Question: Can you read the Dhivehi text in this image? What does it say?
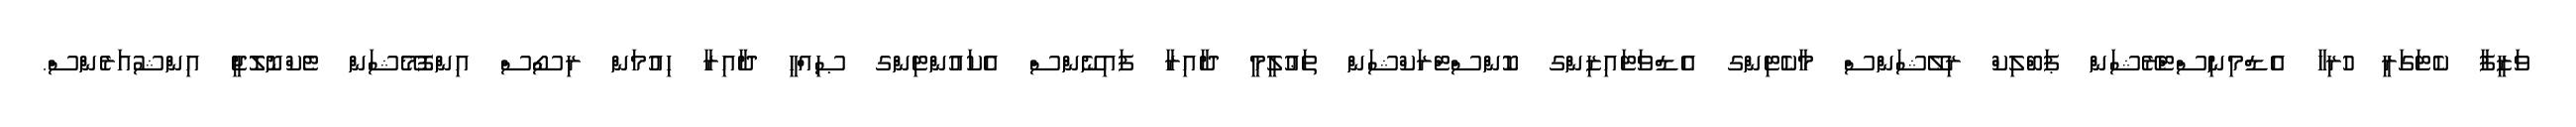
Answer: ވަޒީފާ ކެޓަގަރީ ހުރިހާ އެޑްމިނިސްޓްރޭޝަން ޕަބްލިކް ރިލޭޝަންސް މާކެޓިންގ އެޑްވަޓައިޒިންގ ކޮންސްޓްރަކްޝަން ތަޢުލީމީ ދާއިރާ ފައިނޭންސް އެކައުންޓިންގ ޞިއްޙީ ދާއިރާ ހިއުމަން ރިސޯސް އިންފޮމޭޝަން ޓެކްނޮލޮޖީ އިންޝުއަރެންސް.